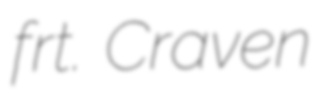
frt. Craven